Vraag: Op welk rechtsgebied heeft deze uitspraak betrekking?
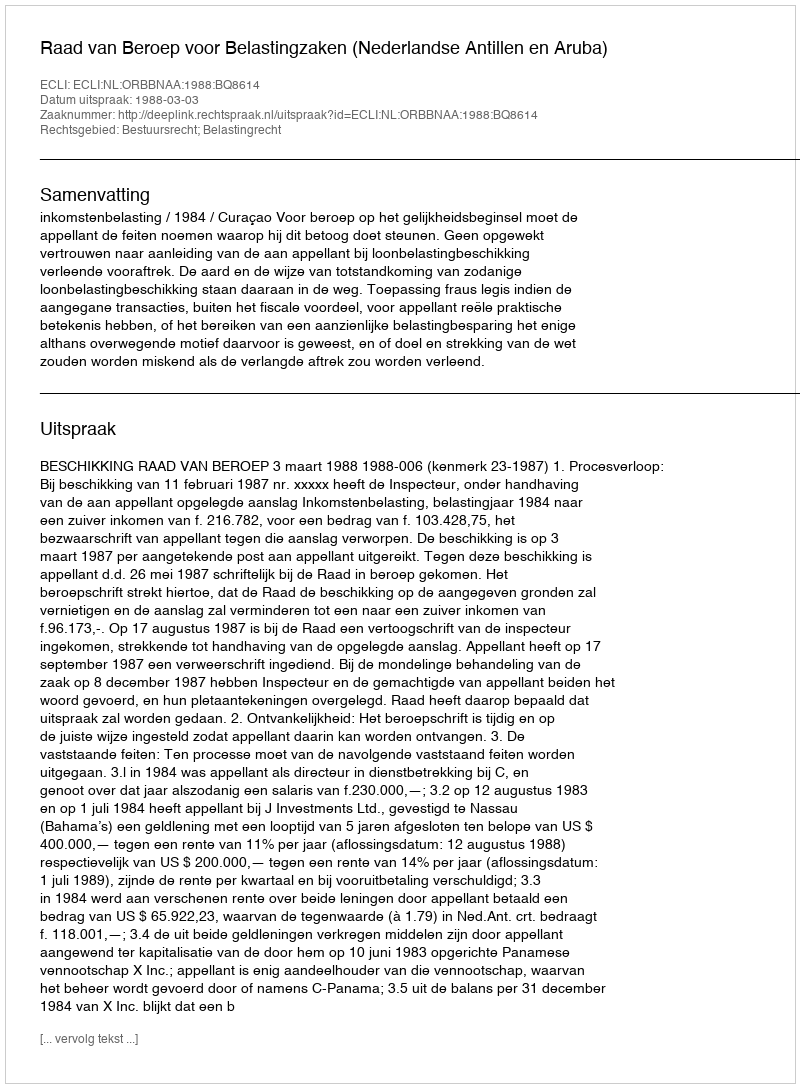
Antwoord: Bestuursrecht; Belastingrecht